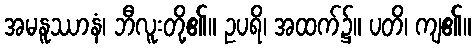
အမနူဿာနံ၊ ဘီလူးတို့၏။ ဥပရိ၊ အထက်၌။ ပတိ၊ ကျ၏။